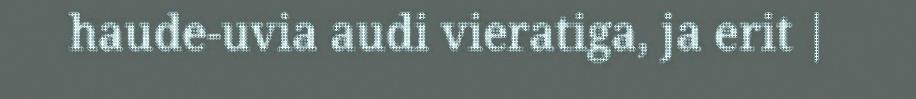
haude-uvia audi vieratiga, ja erit |